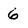
Character: 6